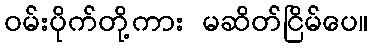
ဝမ်းပိုက်တို့ကား မဆိတ်ငြိမ်ပေ။